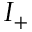
I _ { + }